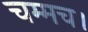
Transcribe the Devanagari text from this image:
चम्मच।